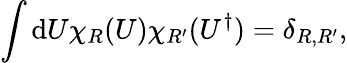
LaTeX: \int\mathrm{d}U\chi_{R}(U)\chi_{R^{\prime}}(U^{\dagger})=\delta_{R,R^{\prime}},